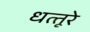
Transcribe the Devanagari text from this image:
धत्‍तूरे